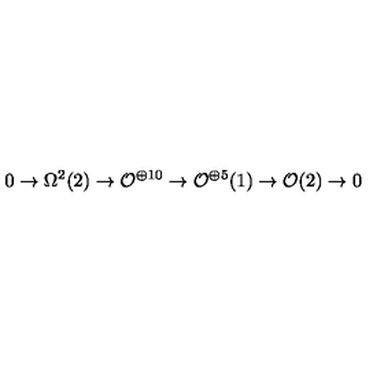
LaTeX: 0 \rightarrow \Omega ^ { 2 } ( 2 ) \rightarrow { \cal O } ^ { \oplus 1 0 } \rightarrow { \cal O } ^ { \oplus 5 } ( 1 ) \rightarrow { \cal O } ( 2 ) \rightarrow 0